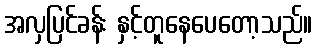
အလှပြင်ခန်း နှင့်တူနေပေတော့သည်။